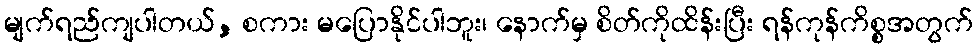
မျက်ရည်ကျပါတယ်, စကား မပြောနိုင်ပါဘူး၊ နောက်မှ စိတ်ကိုထိန်းပြီး ရန်ကုန်ကိစ္စအတွက်